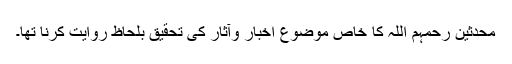
محدثین رحمہم اللہ کا خاص موضوع اخبار وآثار کی تحقیق بلحاظ روایت کرنا تھا۔